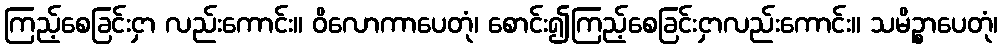
ကြည့်စေခြင်းငှာ လည်းကောင်း။ ဝိလောကာပေတုံ၊ စောင်း၍ကြည့်စေခြင်းငှာလည်းကောင်း။ သမိဉ္စာပေတုံ၊